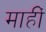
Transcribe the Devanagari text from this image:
माहीं